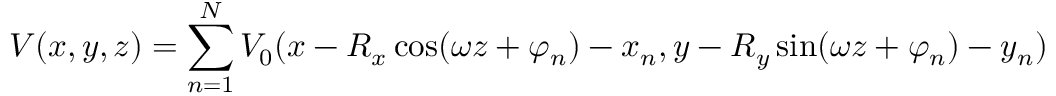
V ( x , y , z ) = \sum _ { n = 1 } ^ { N } V _ { 0 } ( x - R _ { x } \cos ( \omega z + \varphi _ { n } ) - x _ { n } , y - R _ { y } \sin ( \omega z + \varphi _ { n } ) - y _ { n } )